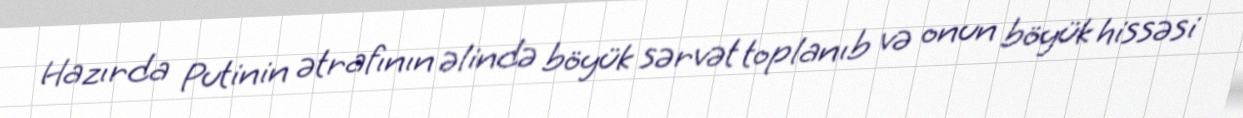
Hazırda Putinin ətrafının əlində böyük sərvət toplanıb və onun böyük hissəsi